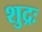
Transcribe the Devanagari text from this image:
शुद्रः